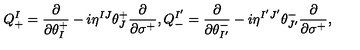
Q _ { + } ^ { I } = \frac { \partial } { \partial \theta _ { I } ^ { + } } - i \eta ^ { I J } \theta _ { J } ^ { + } \frac { \partial } { \partial \sigma ^ { + } } , Q _ { - } ^ { I ^ { \prime } } = \frac { \partial } { \partial \theta _ { I ^ { \prime } } ^ { - } } - i \eta ^ { I ^ { \prime } J ^ { \prime } } \theta _ { J ^ { \prime } } ^ { - } \frac { \partial } { \partial \sigma ^ { + } } ,